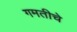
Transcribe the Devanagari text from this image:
गमतीचे